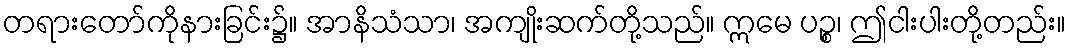
တရားတော်ကိုနားခြင်း၌။ အာနိသံသာ၊ အကျိုးဆက်တို့သည်။ ဣမေ ပဉ္စ၊ ဤငါးပါးတို့တည်း။